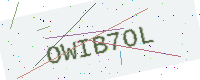
Text: OWIB7OL